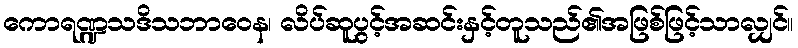
ကောရဏ္ဍသဒိသဘာဝေန၊ လိပ်ဆူပွင့်အဆင်းနှင့်တူသည်၏အဖြစ်ဖြင့်သာလျှင်။